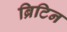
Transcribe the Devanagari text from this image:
ब्रिटिन